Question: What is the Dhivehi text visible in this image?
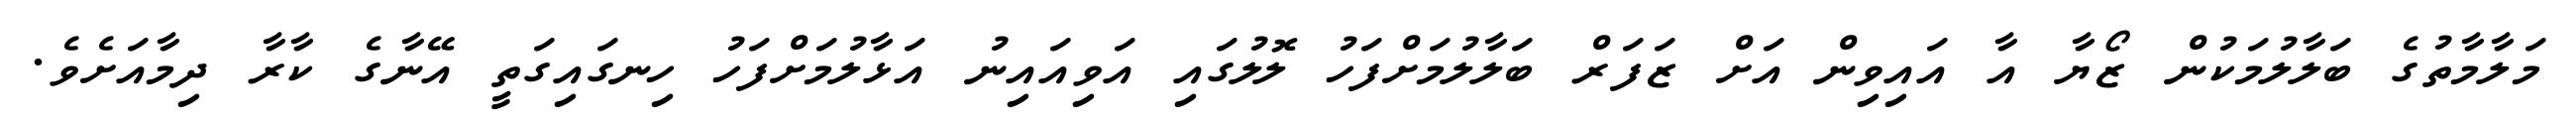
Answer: މަލާމާތުގެ ބަލާލުމަކުން ޒޯޔާ އާ އައިވިން އަށް ޒަފަރް ބަލާލުމަށްފަހު ލޮލުގައި އަވިއައިނު އަޅާލުމަށްފަހު ހިނގައިގަތީ އޭނާގެ ކާރާ ދިމާއަށެވެ.